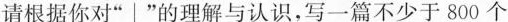
请根据你对”│”的理解与认识，写一篇不少于800个